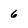
Character: 6